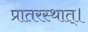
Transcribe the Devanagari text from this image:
प्रातरस्थात्।